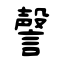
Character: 謦